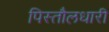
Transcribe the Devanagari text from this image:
पिस्तौलधारी